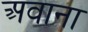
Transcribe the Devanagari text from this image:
अवाना